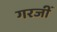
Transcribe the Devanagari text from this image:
गरजीं